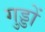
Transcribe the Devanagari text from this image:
गुड्डों